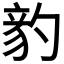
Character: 𥪈